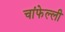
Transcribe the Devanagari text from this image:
चांफेल्ली